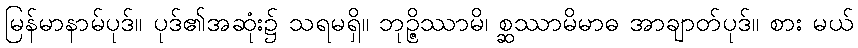
မြန်မာနာမ်ပုဒ်။ ပုဒ်၏အဆုံး၌ သရမရှိ။ ဘုဉ္ဇိဿာမိ၊ စ္ဆဿာမိမာဓ အာချာတ်ပုဒ်။ စား မယ်